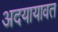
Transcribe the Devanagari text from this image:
अदयायावत